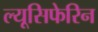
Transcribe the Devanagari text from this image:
ल्यूसिफेरिन